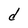
Character: d